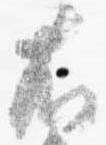
右